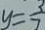
y = \frac { 3 } { 7 }